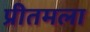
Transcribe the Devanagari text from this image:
प्रीतमला